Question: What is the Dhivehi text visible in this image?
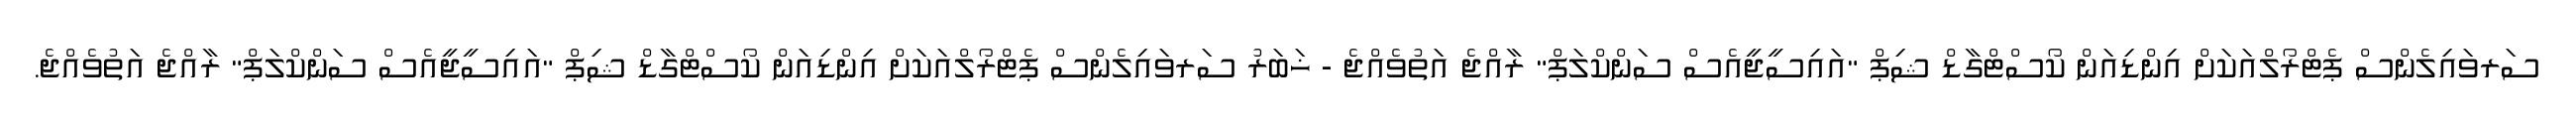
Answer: ސަރވައިލެންސް ޕެޓްރޯލްއަކަށް އިންޑިއަން ކޯސްޓްގާޑް ޝިޕް "އައިސީޖީއެސް ސަންކްލަޕް" ރާއްޖެ އަތުވެއްޖެ - ޚަބަރު ސަރވައިލެންސް ޕެޓްރޯލްއަކަށް އިންޑިއަން ކޯސްޓްގާޑް ޝިޕް "އައިސީޖީއެސް ސަންކްލަޕް" ރާއްޖެ އަތުވެއްޖެ.